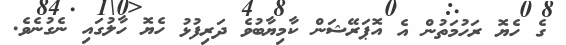
ގެ ހެޔޮ ރަހުމަތުން އެ އޮޕަރޭޝަން ކާމިޔާބުވެ ދަރިފުޅު ހެޔޮ ހާލުގައި ނެގުނެވެ.